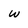
Character: w